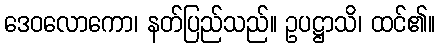
ဒေဝလောကော၊ နတ်ပြည်သည်။ ဥပဋ္ဌာသိ၊ ထင်၏။